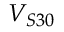
V _ { S 3 0 }